Civil Veterinary Department Bihar reports 1936-40 - 1936-1940
Year: 1936
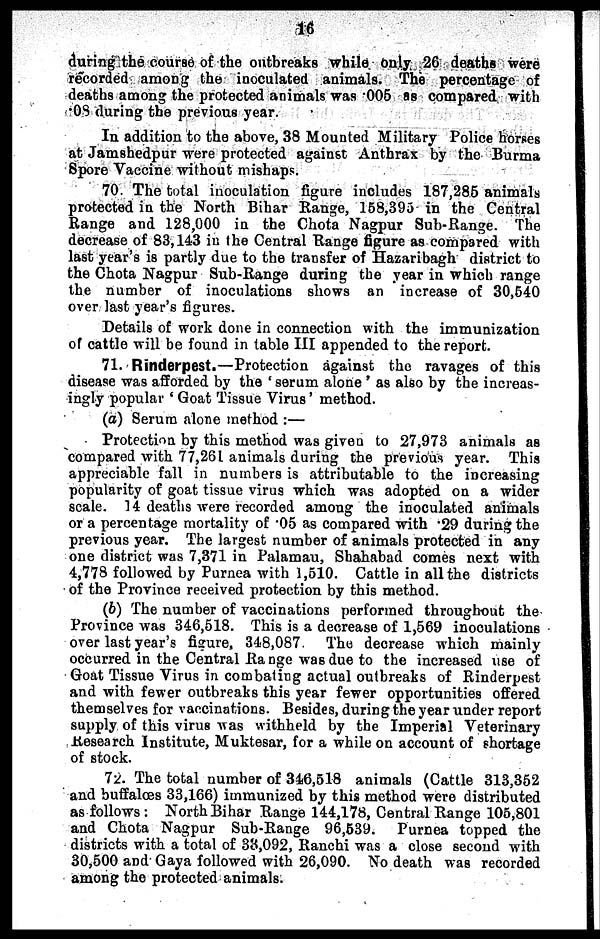
16
during the course of the outbreaks while only 26 deaths were
recorded among the inoculated animals. The percentage of
deaths among the protected animals was .005 as compared with
.08 during the previous year.
In addition to the above, 38 Mounted Military Police horses
at Jamshedpur were protected against Anthrax by the Burma
Spore Vaccine without mishaps.
70. The total inoculation figure includes 187,285 animals
protected in the North Bihar Range, 158,395 in the Central
Range and 128,000 in the Chota Nagpur Sub-Range. The
decrease of 83,143 in the Central Range figure as compared with
last year's is partly due to the transfer of Hazaribagh district to
the Chota Nagpur Sub-Range during the year in which range
the number of inoculations shows an increase of 30,540
over last year's figures.
Details of work done in connection with the immunization
of cattle will be found in table III appended to the report.
71. Rinderpest.—Protection against the ravages of this
disease was afforded by the 'serum alone' as also by the increas-
ingly popular 'Goat Tissue Virus' method.
(a) Serum alone method:—
Protection by this method was given to 27,973 animals as
compared with 77,261 animals during the previous year. This
appreciable fall in numbers is attributable to the increasing
popularity of goat tissue virus which was adopted on a wider
scale. 14 deaths were recorded among the inoculated animals
or a percentage mortality of .05 as compared with .29 during the
previous year. The largest number of animals protected in any
one district was 7,371 in Palamau, Shahabad comes next with
4,778 followed by Purnea with 1,510. Cattle in all the districts
of the Province received protection by this method.
(b) The number of vaccinations performed throughout the
Province was 346,518. This is a decrease of 1,569 inoculations
over last year's figure, 348,087 The decrease which mainly
occurred in the Central Range was due to the increased use of
Goat Tissue Virus in combating actual outbreaks of Rinderpest
and with fewer outbreaks this year fewer opportunities offered
themselves for vaccinations. Besides, during the year under report
supply of this virus was withheld by the Imperial Veterinary
Research Institute, Muktesar, for a while on account of shortage
of stock.
72. The total number of 346,518 animals (Cattle 313,352
and buffaloes 33,166) immunized by this method were distributed
as follows: North Bihar Range 144,178, Central Range 105,801
and Chota Nagpur Sub-Range 96,539. Purnea topped the
districts with a total of 38,092, Ranchi was a close second with
30,500 and Gaya followed with 26,090. No death was recorded
among the protected animals.